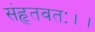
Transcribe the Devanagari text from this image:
संहृतवतः।।